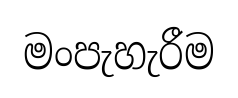
මංපැහැරීම